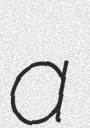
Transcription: a